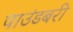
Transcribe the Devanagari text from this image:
पाउंडबरी